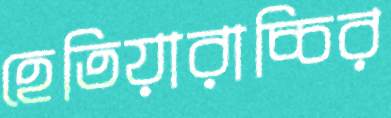
হেতিয়ারাচ্চির